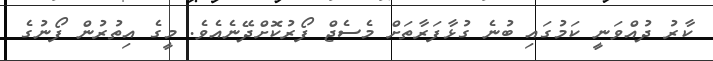
ކާރު ދުއްވަނީ ކަމުގައި ބުނެ ގުޅާފަރާތަށް މެސެޖް ފޯރުކޮށްދޭނެއެވެ. މީގެ އިތުރުން ފޯނުގެ